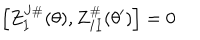
LaTeX: \left[ Z _ { I } ^ { J \# } ( \theta ) , Z _ { I I } ^ { \# } ( \theta ^ { \prime } ) \right] = 0